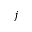
j